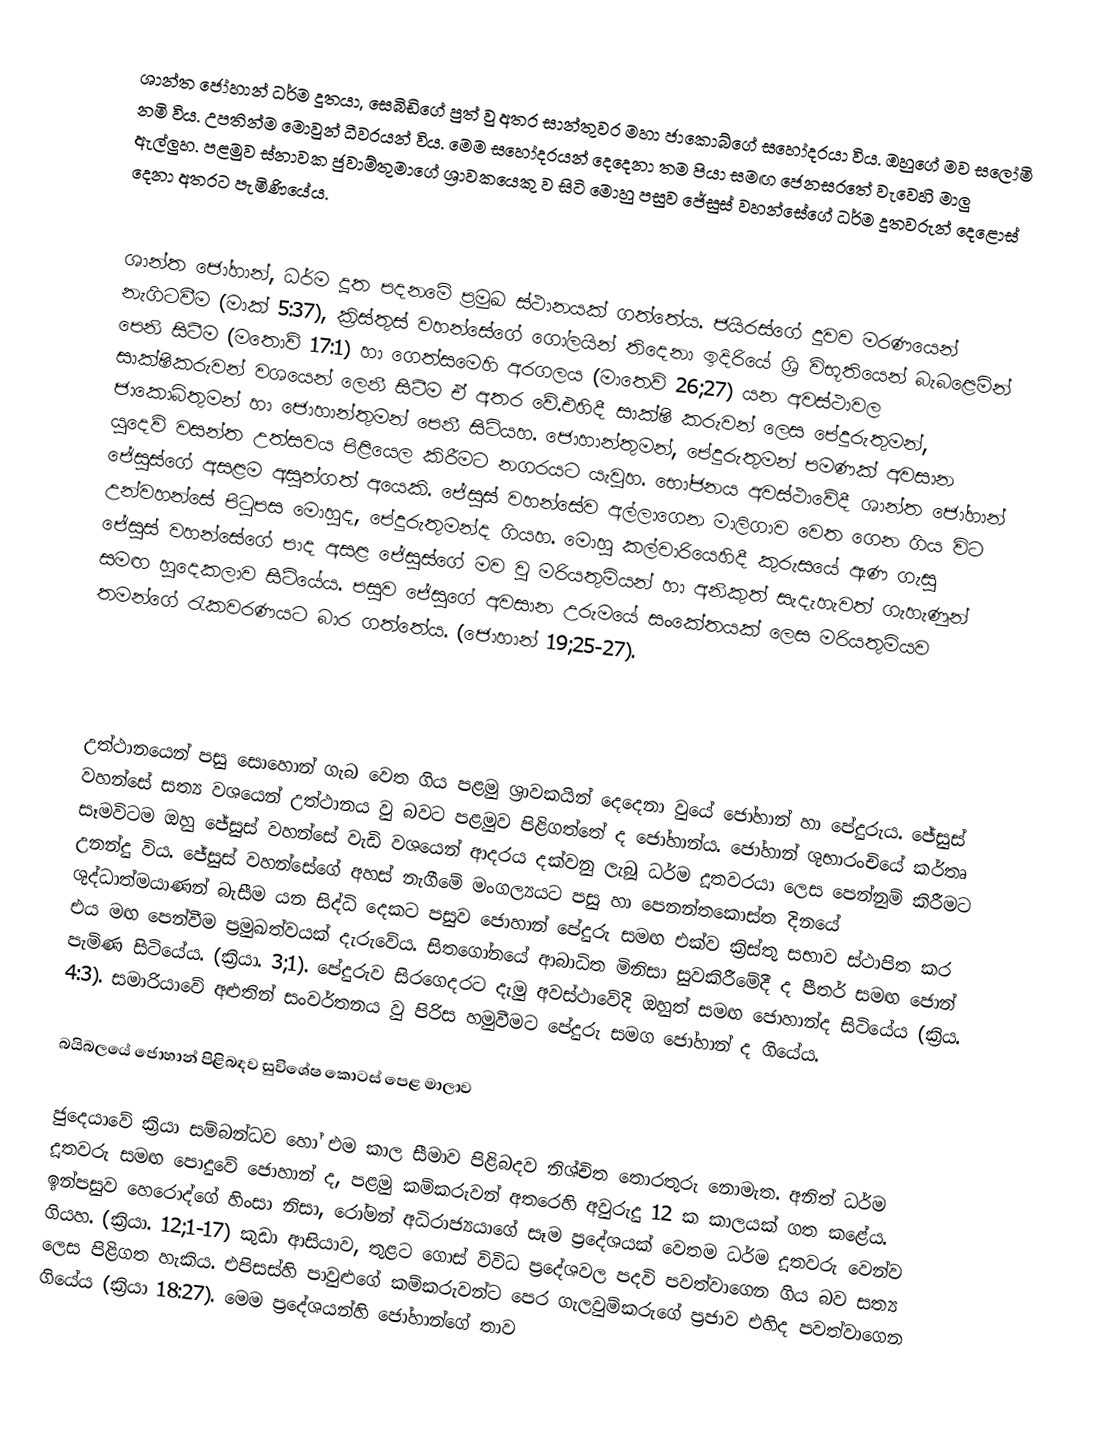
ශාන්ත ජෝහාන් ධර්ම දූතයා, සෙබිඩිගේ පුත් වු අතර සාන්තුවර මහා ජාකොබ්ගේ සහෝදරයා විය. ඔහු‍ගේ මව සලෝමි නමි විය. උපතින්ම මොවුන් ධීවරයන් විය. මෙම සහෝදරයන් දෙදෙනා තම පියා සමඟ ජෙන‍සරතේ වැවෙහි මාලු ඇල්ලුහ. පළමුව ස්නාවක ජුවාම්තුමාගේ ශ්‍රාවකයෙකු ව සිටි මොහු පසුව ජේසුස් වහන්සේගේ ධර්ම දූතවරුන් දෙළොස් දෙනා අතරට පැමිණියේය.

ශාන්ත ජෝහාන්, ධර්ම දූත පදනමේ ප්‍රමුඛ ස්ථානයක් ගත්තේය. ජයිරස්ගේ දුවව මරණයෙන් නැගිටවීම (මාක් 5:37), ක්‍රිස්තුස් වහන්සේගේ ගෝලයින් තිදෙනා ඉදිරියේ ශ්‍රි විභූතියෙන් බැබළෙමින් පෙනි සිටීම (‍මතොව් 17:1) හා ගෙත්සමෙහි අරගලය (මාතෙව් 26;27) යන අවස්ථාවල සාක්ෂිකරුවන් වශයෙන් ලෙනී සිටීම ඒ අතර වේ.එහිදී සාක්ෂි කරුවන් ලෙස පේදුරුතුමන්, ‍ජාකොබ්තුමන් හා ජොහාන්තුමන් පෙනී සිටියහ. ජොහාන්තුමන්, පේදුරුතුමන් පමණක් අවසාන යුදෙව් වසන්ත උත්සවය පිළියෙල කිරීමට නගරයට යැවුහ. භෝජනය අවස්ථාවේදී ශාන්ත ජෝහාන් ජේසුස්ගේ අසළම අසුන්ගත් අයෙකි. ජේසුස් වහන්සේව අල්ලාගෙන මාලිගාව වෙත ගෙන ගිය විට උන්වහන්සේ පිටුපස මොහුද, පේදුරුතුමන්ද ගියහ. මොහු කල්වාරියෙහිදී කුරුසයේ ඇණ ගැසු ‍ජේසුස් වහන්සේගේ පාද අසළ ජේසුස්ගේ මව වු මරියතුමියන් හා අනිකුත් සැදැහැවත් ගැහැණුන් සමඟ හුදෙකලාව සිටියේය. පසුව ජේසුගේ අවසාන උරුමයේ සංකේතයක් ලෙස මරියතුමියව තමන්ගේ රැකවරණයට බාර ගත්තේය. (ජො‍හාන් 19;25-27).

උත්ථානයෙන් පසු සොහොන් ගැබ වෙත ගිය පළමු ශ්‍රාවකයින් දෙදෙනා වුයේ ‍ජෝහාන් හා පේදුරුය. ජේසුස් වහන්සේ සත්‍ය වශයෙන් උත්ථානය වු බවට පළමුව පිළිගත්තේ ද ජෝහාන්ය. ජෝහාන් ශුභාරංචියේ කර්තෘ  සෑමවිටම ඔහු ජේසුස් වහන්සේ වැඩි වශයෙන් ආදරය දක්වනු ලැබූ ධර්ම දූතවරයා ලෙස පෙන්නුම් කිරීමට උනන්දු විය. ජේසුස් වහන්සේගේ අහස් නැගීමේ මංගල්‍යයට පසු හා පෙනන්තකොස්ත දිනයේ ශුද්ධාත්මයාණන් බැසීම යන සිද්ධි දෙකට පසුව  ජොහාන් පේදුරු සමඟ එක්ව ක්‍රිස්තු සභාව ස්ථාපිත කර එය මඟ පෙන්වීම ප්‍රමුඛත්වයක් දැරුවේය. සිතගෝනයේ ආබාධිත මිනිසා සුවකිරීමේදී ද පීතර් සමඟ ජොන් පැමිණ සිටියේය. (ක්‍රියා. 3;1). පේදුරුව සිරගෙදරට දැමු අවස්ථාවේදි ඔහුත් සමඟ ජොහාන්ද සිටියේය (ක්‍රිය. 4:3). සමාරියාවේ අළුතින් සංවර්තනය වු පිරිස හමුවීමට පේදුරු සමග ජෝහාන් ද ගියේය.

බයිබලයේ ජොහාන් පිළිබඳව සුවිශේෂ කොටස් පෙළ මාලාව

ජුදෙයා‍වේ ක්‍රියා සම්බන්ධව හෝ එම කාල සීමාව පිළිබදව නිශ්චිත තොරතුරු නොමැත. අනිත් ධර්ම දූතවරු සමඟ පොදුවේ ජොහාන් ද, පළමු කම්කරුවන් අතරෙහි අවුරුදු 12 ක කාලයක් ගත කළේය. ඉන්පසුව හෙරොද්ගේ හිංසා නිසා, රෝමන් අධිරාජ්‍යයාගේ සෑම ප්‍රදේශයක් වෙතම ධර්ම දූතවරු වෙන්ව ගියහ. (ක්‍රියා. 12;1-17) කුඩා ආසියාව, තුළට ගොස් විවිධ ප්‍රදේශවල පදවි පවත්වාගෙන ගිය බව  සත්‍ය ලෙස පිළිගත හැකිය. එපිසස්හි පාවුළුගේ කම්කරුවන්ට පෙර ගැලවුම්කරුගේ ප්‍රජාව එහිද පවත්වාගෙන ගියේය (ක්‍රියා 18:27). මෙම ප්‍රදේශයන්හි ජෝහාන්ගේ තාව